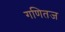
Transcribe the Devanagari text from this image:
गणितज